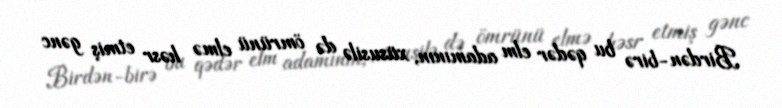
Birdən-birə bu qədər elm adamının, xüsusilə də ömrünü elmə həsr etmiş gənc